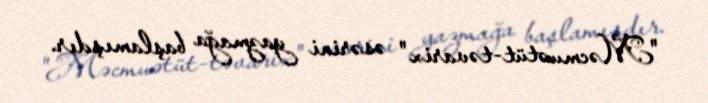
"Məcmuətüt-təvarix" əsərini yazmağa başlamışdır.